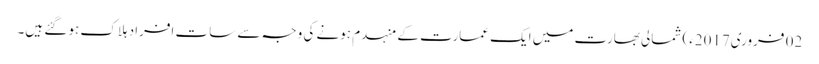
02 فروری2017ء) شمالی بھارت میں ایک عمارت کے منہدم ہونے کی وجہ سے سات افراد ہلاک ہو گئے ہیں۔